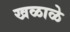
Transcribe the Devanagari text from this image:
खळाळे